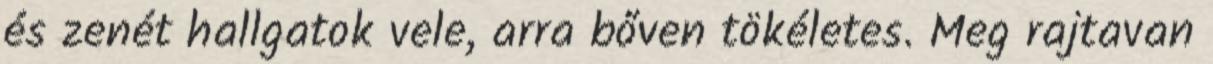
és zenét hallgatok vele, arra bőven tökéletes. Meg rajtavan